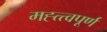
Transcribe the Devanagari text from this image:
मह्त्त्वपूर्ण